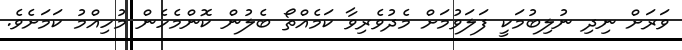
ވަރަށް ނިދި ނުލިބުމަކީ ފަލަވުމަށް މެދުވެރިވާ ކަމެއްތޯ ބެލުން ކޮންމެހެން މުހިއްމު ކަމަށެވެ.